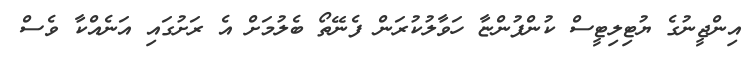
އިންޖީނުގެ ޔުޓިލިޓީސް ކުންފުންޏާ ހަވާލުކުރަން ފެނޭތޯ ބެލުމަށް އެ ރަށުގައި އަނެއްކާ ވެސް